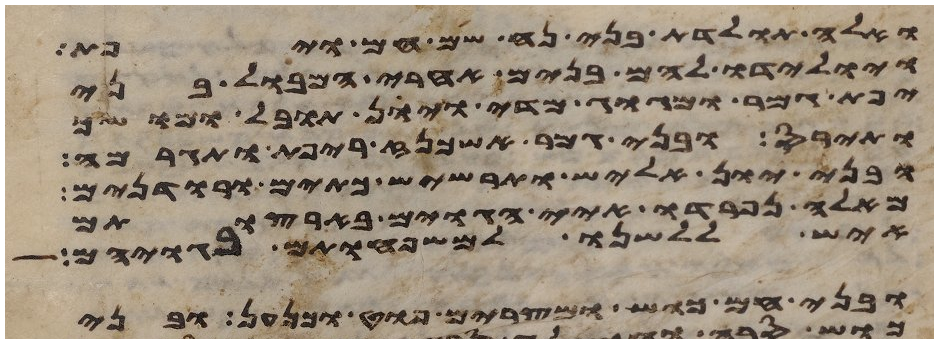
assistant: ואלה תולדת בני נח שם חם ויפת
ויולידו להם בנים אחרי המבול בני
יפת גמר ומגוג מדי ויון תובל מושך
ותירס ובני גמר אשכנז ריפת ותגרמה
ובני יון אליש תרשיש כתים ורודנים
מאלה נפרדו איי הגוים בארצותם
איש ללשנו למשפחותם בגויהם
ובני חם כוש ומצרים פוט וכנען ובני